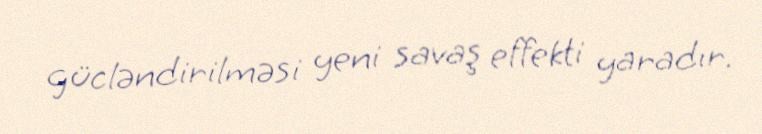
gücləndirilməsi yeni savaş effekti yaradır.